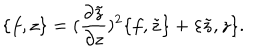
\{ f , z \} = ( \frac { \partial \tilde { z } } { \partial z } ) ^ { 2 } \{ f , \tilde { z } \} + \{ \tilde { z } , z \} .